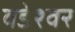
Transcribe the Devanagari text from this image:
वडेश्वर